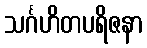
သင်္ဂဟိတပရိဇနာ